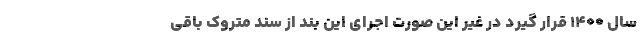
سال 1400 قرار گیرد در غیر این صورت اجرای این بند از سند متروک باقی